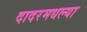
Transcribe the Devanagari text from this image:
दादरमधल्या